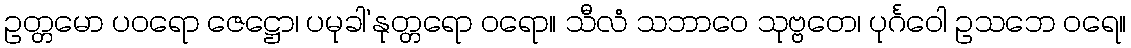
ဥတ္တမော ပဝရော ဇေဋ္ဌော၊ ပမုခါ’နုတ္တရော ဝရော။ သီလံ သဘာဝေ သုဗ္ဗတေ၊ ပုင်္ဂဝေါ ဥသဘေ ဝရေ။